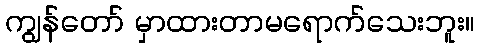
ကျွန်တော် မှာထားတာမရောက်သေးဘူး။